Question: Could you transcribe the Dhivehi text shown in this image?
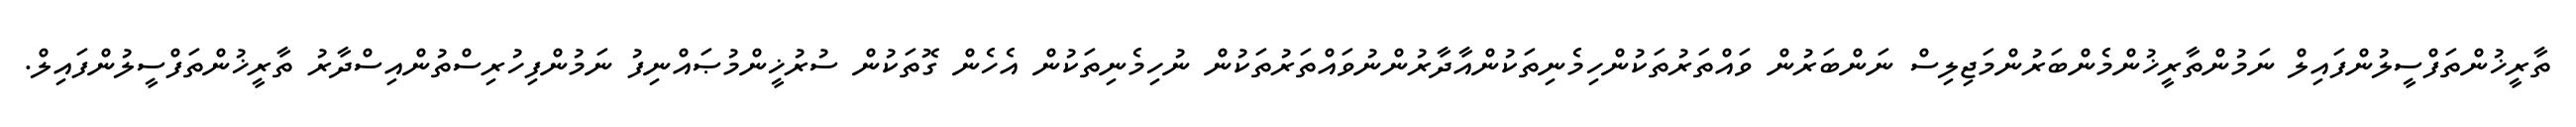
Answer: ތާރީޚުންތަފްސީލުންފައިލް ނަމުންތާރީޚުންމެންބަރުންމަޖިލިސް ނަންބަރުން ވައްތަރުތަކުންހިމެނިތަކުންއާދާރުންނުވައްތަރުތަކުން ނުހިމެނިތަކުން އެހެން ގޮތަކުން ސުރުޚީންމުޞައްނިފު ނަމުންފިހުރިސްތުންއިސްދާރު ތާރީޚުންތަފްސީލުންފައިލް.